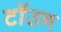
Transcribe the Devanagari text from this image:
टॉउन